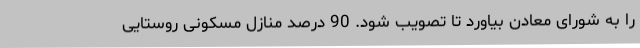
را به شورای معادن بیاورد تا تصویب شود. 90 درصد منازل مسکونی روستایی